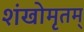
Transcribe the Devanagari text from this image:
शंखोमृतम्